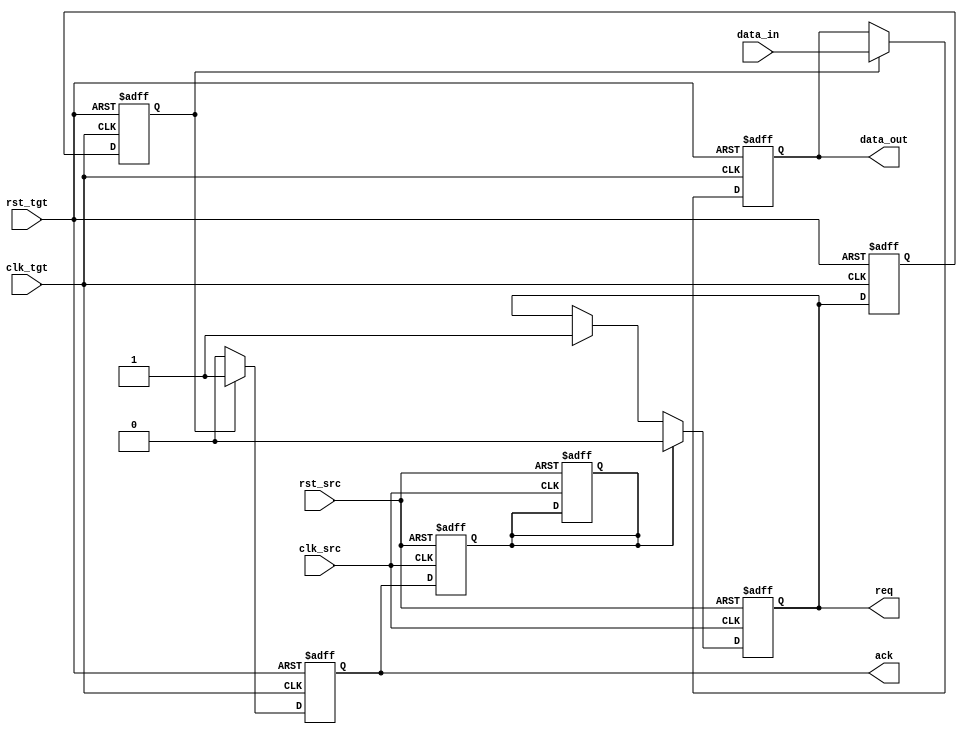
module HandshakeSynchronizer (
    input  wire clk_src,          // Clock for the source (sender)
    input  wire clk_tgt,          // Clock for the target (receiver)
    input  wire rst_src,          // Reset for the source
    input  wire rst_tgt,          // Reset for the target
    input  wire [7:0] data_in,    // Data input from the sender
    output wire req,              // Request signal from sender
    output wire ack,              // Acknowledge signal from receiver
    output reg  [7:0] data_out     // Data output to the receiver
);

    // Sender (Source) Logic
    reg req_reg;                  // Registered request signal
    reg ack_sync;                 // Acknowledged signal synchronized to source clock

    always @(posedge clk_src or posedge rst_src) begin
        if (rst_src) begin
            req_reg <= 1'b0;
            ack_sync <= 1'b0;
        end else begin
            if (data_valid) begin  // Assuming data_valid is an external signal indicating valid data
                req_reg <= 1'b1;   // Assert request
            end
            
            if (ack_sync) begin
                req_reg <= 1'b0;   // De-assert request upon acknowledgment
            end
        end
    end

    assign req = req_reg;

    // Synchronize ack signal to source clock
    always @(posedge clk_src or posedge rst_src) begin
        if (rst_src) begin
            ack_sync <= 1'b0;
        end else begin
            ack_sync <= ack; // Capture the acknowledge signal
        end
    end

    // Receiver (Target) Logic
    reg req_sync_1;              // First stage of request synchronization
    reg req_sync_2;              // Second stage of request synchronization
    reg ack_reg;                 // Registered acknowledge signal
    reg [7:0] data_reg;          // Registered data

    always @(posedge clk_tgt or posedge rst_tgt) begin
        if (rst_tgt) begin
            req_sync_1 <= 1'b0;
            req_sync_2 <= 1'b0;
            ack_reg <= 1'b0;
            data_reg <= 8'b0;
        end else begin
            // Synchronize the request signal
            req_sync_1 <= req; // First flip-flop
            req_sync_2 <= req_sync_1; // Second flip-flop

            if (req_sync_2) begin
                data_reg <= data_in; // Capture the data when request is asserted
                ack_reg <= 1'b1; // Assert acknowledge
            end else begin
                ack_reg <= 1'b0; // De-assert acknowledge when request is not active
            end
        end
    end

    assign ack = ack_reg;
    assign data_out = data_reg; // Output the received data

endmodule